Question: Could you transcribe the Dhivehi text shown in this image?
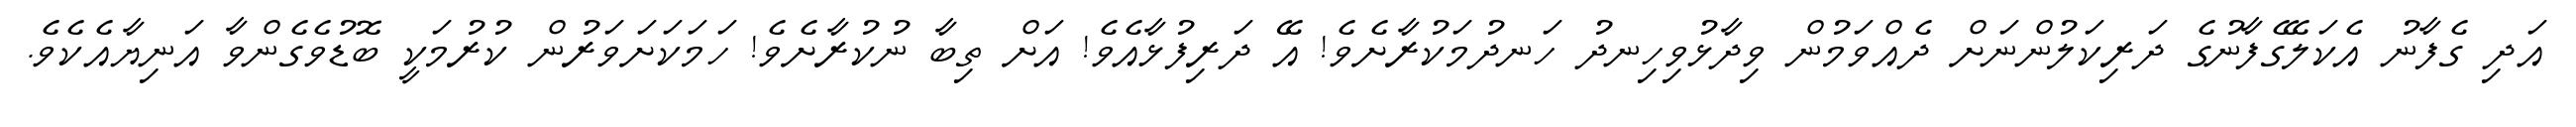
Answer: އަދި ގެފާނު އެކަލޭގެފާނުގެ ދަރިކަލުންނަށް ދެއްވަމުން ވިދާޅުވިހިނދު ހަނދުމަކުރާށެވެ! އޭ ދަރިފުޅާއެވެ! އަށް ތިބާ ނުކުރާށެވެ! ހަމަކަށަވަރުން ކުރުމަކީ ބޮޑުވެގެންވާ އަނިޔާއެކެވެ.